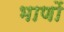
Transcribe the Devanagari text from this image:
भाणों